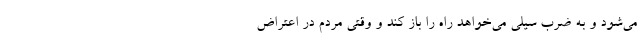
می‌شود و به ضرب سیلی می‌خواهد راه را باز کند و وقتی مردم در اعتراض